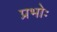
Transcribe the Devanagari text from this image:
प्रभोः